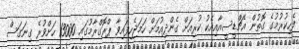
ފެހިކުރުމުގެ ގޮތުން އެޗްޑީސީއާއިއެކު ކުރިއަށް ގެންދިއުމަށް ހަމަޖެހިފައިވާ ޕްރޮގްރާމުގައި 13000 ހަށްވުރެ ގިނަގަސް